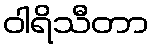
ဝါရိသီတာ